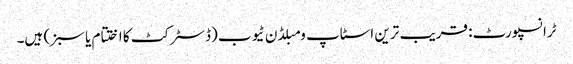
ٹرانسپورٹ: قریب ترین اسٹاپ ومبلڈن ٹیوب (ڈسٹرکٹ کا اختتام یا سبز) ہیں۔